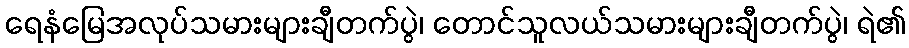
ရေနံမြေအလုပ်သမားများချီတက်ပွဲ၊ တောင်သူလယ်သမားများချီတက်ပွဲ၊ ရဲ၏